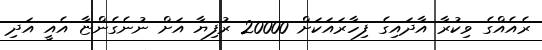
ރެއެއްގެ ވިކުރާ އާދައިގެ ފިހާރައަކަށް 20000 ރުފިޔާ އަށް ނުނެގެންޏާ އެއީ އަދި